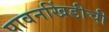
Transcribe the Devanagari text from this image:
पावनखिंडीची